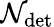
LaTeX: \mathcal{N}_{\mathrm{{det}}}